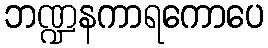
ဘဏ္ဍနကာရကောပေ